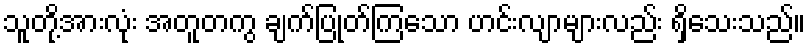
သူတို့အားလုံး အတူတကွ ချက်ပြုတ်ကြသော ဟင်းလျာများလည်း ရှိသေးသည်။